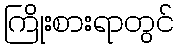
ကြိုးစားရာတွင်